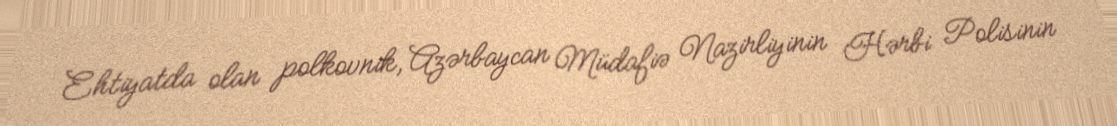
Ehtiyatda olan polkovnik, Azərbaycan Müdafiə Nazirliyinin Hərbi Polisinin